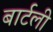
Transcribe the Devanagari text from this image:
बार्टली